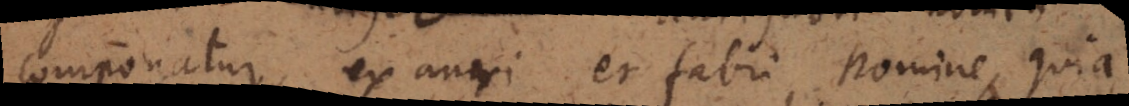
componatur ex auri et fabri nomine, quia